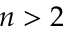
n > 2